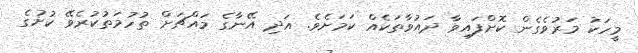
މީހަކު މަރުވެގެން ކޮށްފައިވާ ދައުވާތަކެއް ކަމަށެވެ. އަދި އޭނާގެ މައްޗަށް ތުހުމަތުކުރެވޭ ކުށުގެ